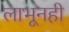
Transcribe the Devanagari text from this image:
लाभूनही